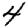
Digit: 4